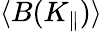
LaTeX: \langle B(K_{\parallel})\rangle